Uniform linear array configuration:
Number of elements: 32
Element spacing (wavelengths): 0.75
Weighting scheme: uniform
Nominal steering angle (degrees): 60
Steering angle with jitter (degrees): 61.937
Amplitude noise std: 0.05
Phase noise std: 0.05

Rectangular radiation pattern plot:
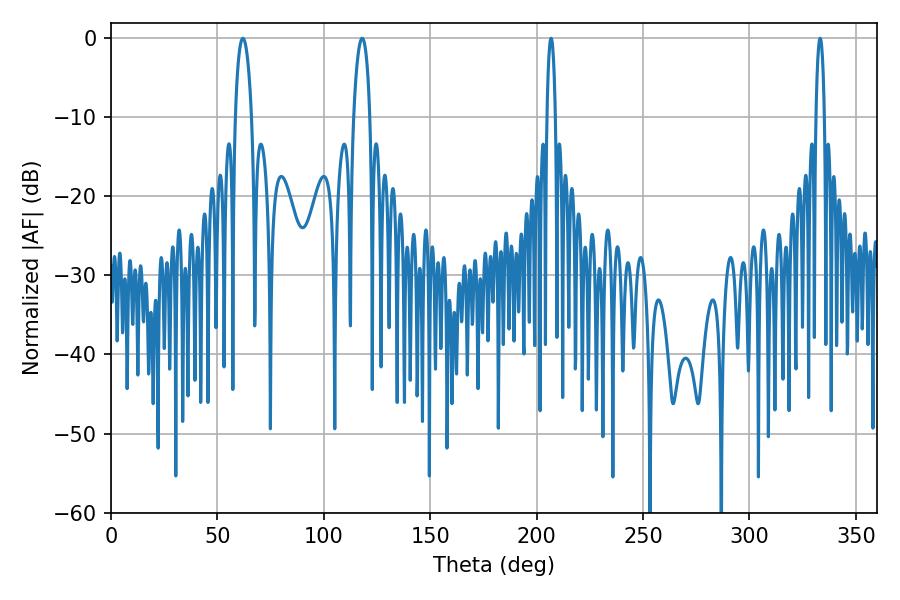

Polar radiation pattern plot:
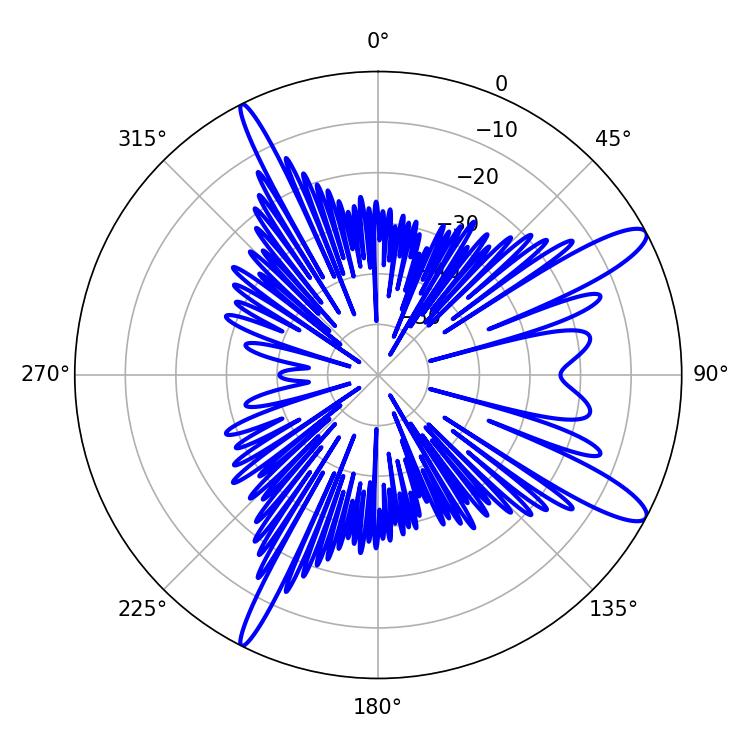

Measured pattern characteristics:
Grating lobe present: TRUE
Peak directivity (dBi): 12.407
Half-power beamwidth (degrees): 4.32
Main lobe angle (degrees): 61.92